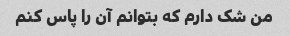
من شک دارم که بتوانم آن را پاس کنم